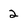
Character: 2